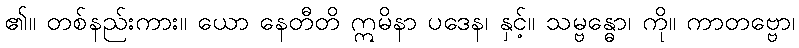
၏။ တစ်နည်းကား။ ယော နေတီတိ ဣမိနာ ပဒေန၊ နှင့်။ သမ္ဗန္ဓော၊ ကို။ ကာတဗ္ဗော၊